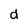
Character: d